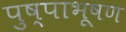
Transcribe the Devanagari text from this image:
पुष्पाभूषण